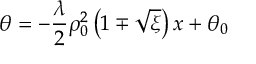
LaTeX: \theta = - \frac { \lambda } { 2 } \rho _ { 0 } ^ { 2 } \left( 1 \mp \sqrt { \xi } \right) x + \theta _ { 0 }